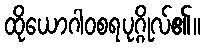
ထိုယောဂါဝစရပုဂ္ဂိုလ်၏။